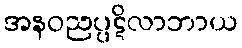
အနဝညပ္ပဋိလာဘာယ